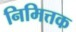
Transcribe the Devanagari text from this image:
निमित्तक